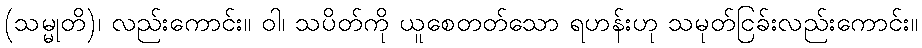
(သမ္မုတိ)၊ လည်းကောင်း။ ဝါ၊ သပိတ်ကို ယူစေတတ်သော ရဟန်းဟု သမုတ်ငြခ်းလည်းကောင်း။